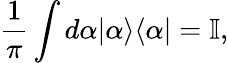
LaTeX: \frac{1}{\pi}\int d\alpha|\alpha\rangle\langle\alpha|=\mathbb{I},